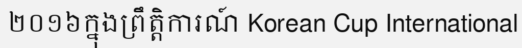
២០១៦ក្នុងព្រឹត្តិការណ៍ Korean Cup International